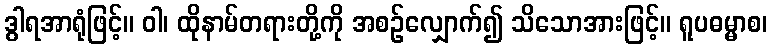
ဒွါရအာရုံဖြင့်။ ဝါ၊ ထိုနာမ်တရားတို့ကို အစဉ်လျှောက်၍ သိသောအားဖြင့်။ ရူပဓမ္မာစ၊